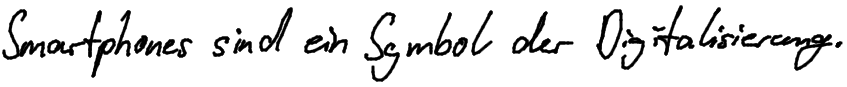
Smartphones sind ein Symbol der Digitalisierung.